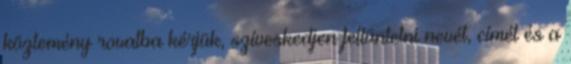
közlemény rovatba kérjük, szíveskedjen feltüntetni nevét, címét és a